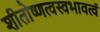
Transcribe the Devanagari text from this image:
शीतोष्णत्वस्वभावत्वं